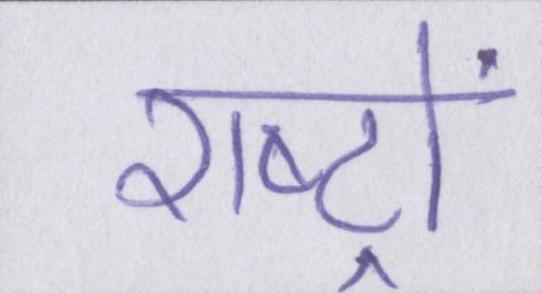
राष्ट्रों